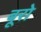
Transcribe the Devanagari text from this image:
बूरो